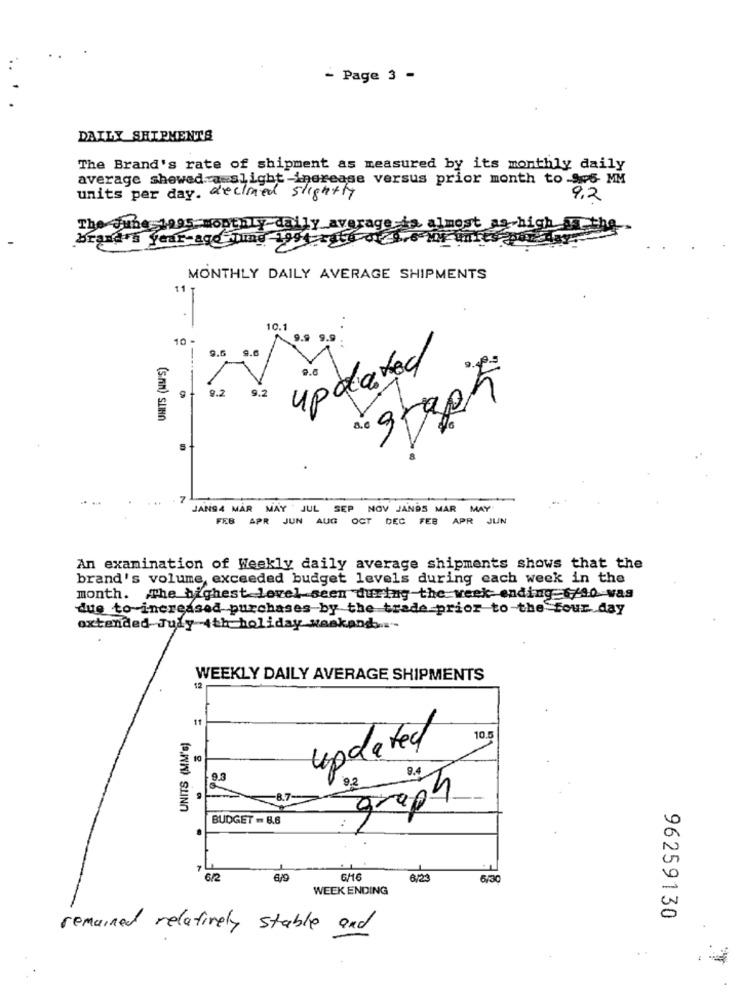
- Page 3 -
DAILY SHIPMENTS
The Brand's rate of shipment as measured by its monthly daily
average showed a slight-increase versus prior month to 9.5 MM
units per day. declined slightly
9.2
The June 1095 monthly daily average is almost
brand's year-ago Tung 1994-5468-01 9,6 MM Unk
MONTHLY DAILY AVERAGE SHIPMENTS
10.1
10
9.6
UNITS (WU'S)
Sesi
updated
9.2
9.2
...
7
JANS4 MAR MAY JUL SEP NOV JANDS MAR MAY
FEB APR JUN AUG OCT DEC FEB APR JUN
An examination of Weekly daily average shipments shows that the
brand's volume, exceeded budget levels during each week in the
month. The highest level seen during the week- ending 6/90 was
due to increased purchases by the trade prior to-the four day
oxtended July 4th holiday weekand ....-
WEEKLY DAILY AVERAGE SHIPMENTS
11
UNITS (MM's)
10.
updated
BUDGET - 8.6
.
GHG
8/23
6/30
WEEK ENDING
96259130
remained relatively stable and
.